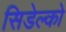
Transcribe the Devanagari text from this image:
सिडेल्को